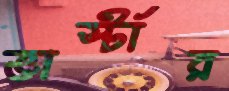
ভার্স্টার